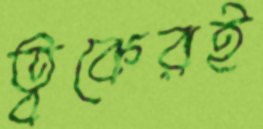
ত্বকেরই